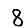
Digit: 8